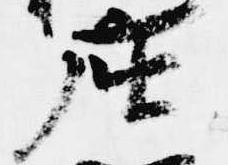
座